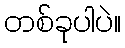
တစ်ခုပါပဲ။